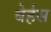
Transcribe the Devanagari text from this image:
बेर्हस